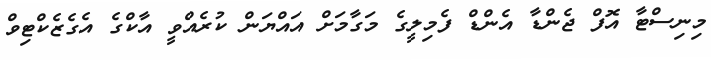
މިނިސްޓާ އޮފް ޖެންޑާ އެންޑް ފެމިލީގެ މަގާމަށް އައްޔަން ކުރެއްވީ އާކްގެ އެގެޒެކްޓިވް